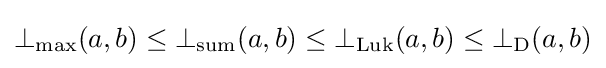
\mathrm {\bot _{max}} (a,b)\leq \bot _{\mathrm {sum} }(a,b)\leq \bot _{\mathrm {Luk} }(a,b)\leq \bot _{\mathrm {D} }(a,b)